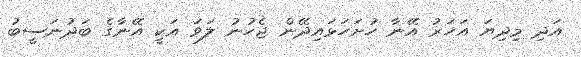
އަދި މިދިޔަ އަހަރު އޭނާ ހުށަހަޅައިދޭން ޖެހުނު ލަވަ އަކީ އޭނާގެ ބަދުނަސީބު